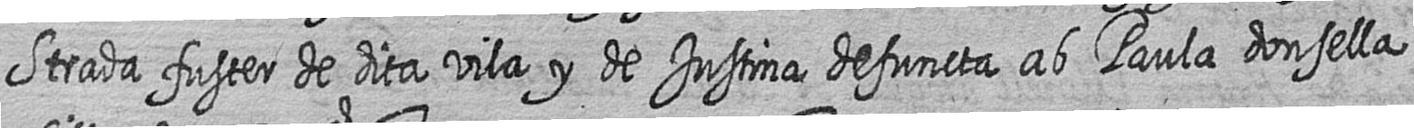
Strada fuster de dita vila y de Justina defuncta ab Paula donsella